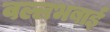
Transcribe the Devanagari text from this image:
वल्लभबाई